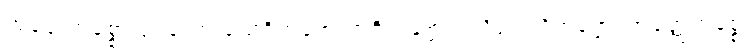
အတ္ထေကစ္စော ပုဂ္ဂလော သေဝိတဗ္ဗော ဘဇိတဗ္ဗော ပယိရုပါသိတဗ္ဗော၊ အတ္ထေကစ္စော